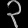
Digit: ၃